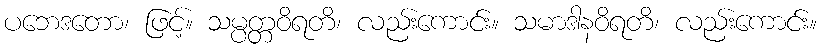
ပဘေဒတော၊ ဖြင့်။ သမ္ပတ္တဝိရတိ၊ လည်းကောင်း။ သမာဒါနဝိရတိ၊ လည်းကောင်း။